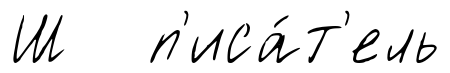
Ш п'иса́т'ель